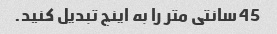
45 سانتی متر را به اینچ تبدیل کنید.